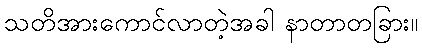
သတိအားကောင်လာတဲ့အခါ နာတာတခြား။